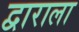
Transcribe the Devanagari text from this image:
द्वाराला